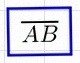
\overline{AB}